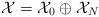
\begin{align*}\mathcal X=\mathcal X_0\oplus \mathcal X_N\end{align*}